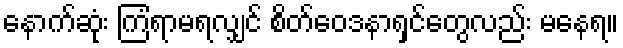
နောက်ဆုံး ကြံရာမရလျှင် စိတ်ဝေဒနာရှင်တွေလည်း မနေရ။